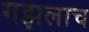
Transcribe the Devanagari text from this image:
गझलाच